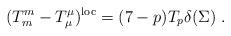
LaTeX: \begin{align*}(T_m^m - T_\mu^\mu )^{\rm loc} = (7-p) T_p \delta(\Sigma)\ .\end{align*}